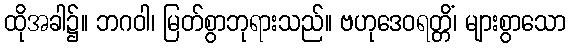
ထိုအခါ၌။ ဘဂဝါ၊ မြတ်စွာဘုရားသည်။ ဗဟုဒေဝရတ္တိံ၊ များစွာသော